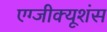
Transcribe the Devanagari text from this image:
एग्जीक्यूशंस